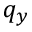
q _ { y }